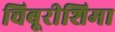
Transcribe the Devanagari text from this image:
चिबूरीशिमा